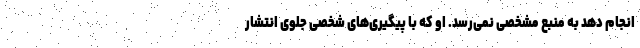
انجام دهد به منبع مشخصی نمی‌رسد. او که با پیگیری‌های شخصی جلوی انتشار